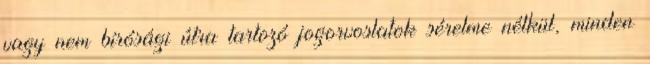
vagy nem bírósági útra tartozó jogorvoslatok sérelme nélkül, minden